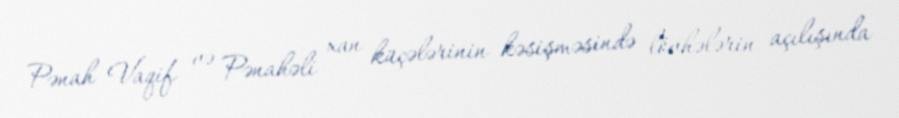
Pənah Vaqif və Pənahəli xan küçələrinin kəsişməsində lövhələrin açılışında